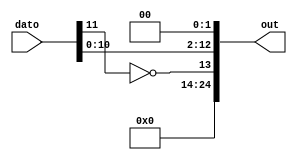
`timescale 1ns / 1ps
//////////////////////////////////////////////////////////////////////////////////
// Company: 
// Engineer: 
// 
// Design Name: 
// Module Name:    conversion 
// Project Name: 
// Target Devices: 
// Tool versions: 
// Description: 
//
// Dependencies: 
//
// Revision: 
// Revision 0.01 - File Created
// Additional Comments: 
//
//////////////////////////////////////////////////////////////////////////////////
module concatena#(parameter cant_bits = 25)(
						input wire signed [(cant_bits-3)/2:0] dato,
						output reg signed [cant_bits-1:0] out
    );

always @ *
	out = {11'b0,{~{dato[11]}},dato[10:0],2'b0};
endmodule